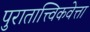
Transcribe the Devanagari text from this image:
पुरातात्त्विकवेत्ता